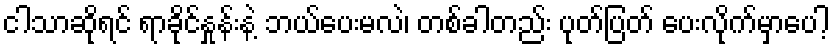
ငါသာဆိုရင် ရာခိုင်နှုန်းနဲ့ ဘယ်ပေးမလဲ၊ တစ်ခါတည်း ပုတ်ပြတ် ပေးလိုက်မှာပေါ့